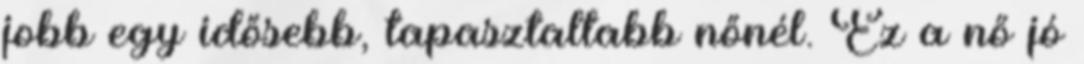
jobb egy idősebb, tapasztaltabb nőnél. Ez a nő jó